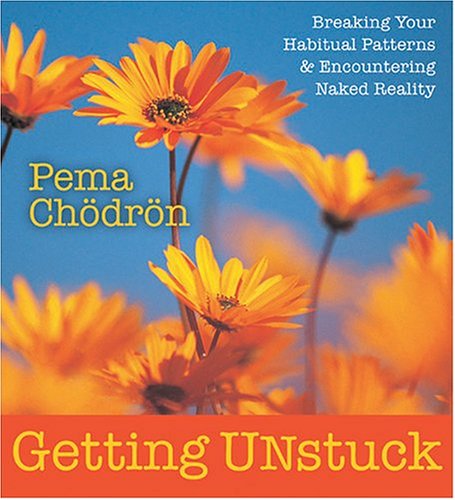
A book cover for Getting Unstuck; Pema ChÃ¶drÃ¶n; Christian Books & Bibles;